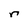
Character: r